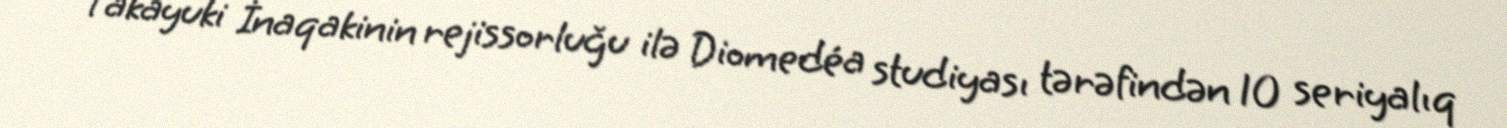
Takayuki İnaqakinin rejissorluğu ilə Diomedéa studiyası tərəfindən 10 seriyalıq